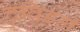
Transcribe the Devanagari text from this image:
द्रविडही